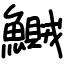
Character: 鱡